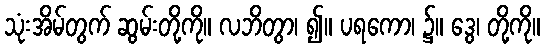
သုံးအိမ်တွက် ဆွမ်းတို့ကို။ လဘိတွာ၊ ၍။ ပရကော၊ ၌။ ဒွေ၊ တို့ကို။